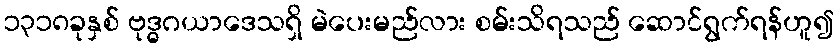
၁၃၁၈ခုနှစ် ဗုဒ္ဓဂယာဒေသရှိ မဲပေးမည်လား စမ်းသိရသည် ဆောင်ရွက်ရန်ဟူ၍